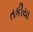
તકીયા